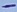
Text: -